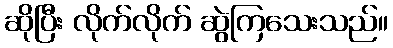
ဆိုပြီး လိုက်လိုက် ဆွဲကြသေးသည်။